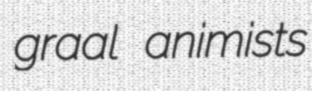
graal animists